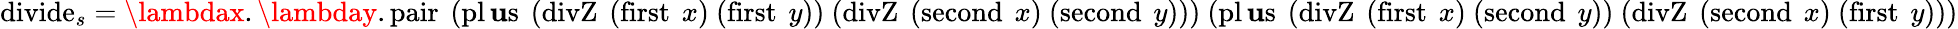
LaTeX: \operatorname{divide}_{s}=\lambdax.\lambday.\operatorname{pair}\ (\operatorname{pl\mathbf{u}s}\ (\operatorname{divZ}\ (\operatorname{first}\ x)\ (\operatorname{first}\ y))\ (\operatorname{divZ}\ (\operatorname{second}\ x)\ (\operatorname{second}\ y)))\ (\operatorname{pl\mathbf{u}s}\ (\operatorname{divZ}\ (\operatorname{first}\ x)\ (\operatorname{second}\ y))\ (\operatorname{divZ}\ (\operatorname{second}\ x)\ (\operatorname{first}\ y)))